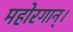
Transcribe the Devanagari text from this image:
महोरगान्।